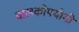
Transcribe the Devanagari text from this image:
बालकोपयोगी